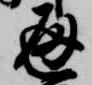
通